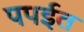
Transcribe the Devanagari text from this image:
पपईत